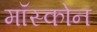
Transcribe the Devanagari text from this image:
मॉस्कोन